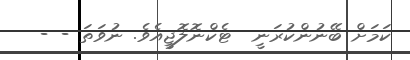
ކަމަށް ބޭނުންކުރަނީ  ޓެކްނޮލޮޖީއެވެ. ނުވަތަ - -